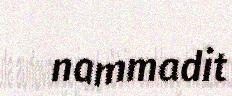
nammadit